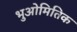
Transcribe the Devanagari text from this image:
भुओमितिक